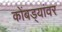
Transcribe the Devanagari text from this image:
कोंबड्यांवर